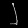
Digit: ၂